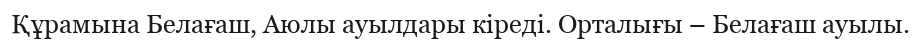
Құрамына Белағаш, Аюлы ауылдары кіреді. Орталығы – Белағаш ауылы.